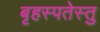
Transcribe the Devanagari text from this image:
बृहस्पतेस्तु